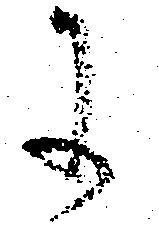
に